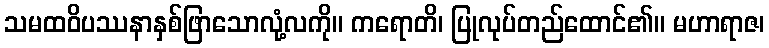
သမထဝိပဿနာနှစ်ဖြာသောလုံ့လကို။ ကရောတိ၊ ပြုလုပ်တည်ထောင်၏။ မဟာရာဇ၊